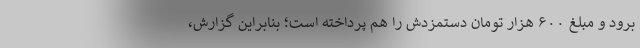
برود و مبلغ ۶۰۰ هزار تومان دستمزدش را هم پرداخته است؛ بنابراین گزارش،